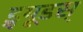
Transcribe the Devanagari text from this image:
ड्र्यूडस्